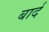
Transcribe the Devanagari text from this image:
बार्द